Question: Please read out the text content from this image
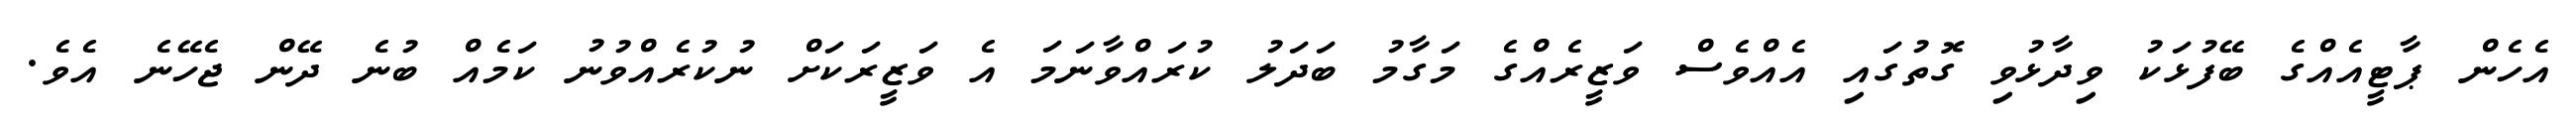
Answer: އެހެން ޕާޓީއެއްގެ ބޭފުޅަކު ވިދާޅުވި ގޮތުގައި އެއްވެސް ވަޒީރެއްގެ މަގާމު ބަދަލު ކުރައްވާނަމަ އެ ވަޒީރަކަށް ނުކުރެއްވުނު ކަމެއް ބުނެ ދޭން ޖެހޭނެ އެވެ.